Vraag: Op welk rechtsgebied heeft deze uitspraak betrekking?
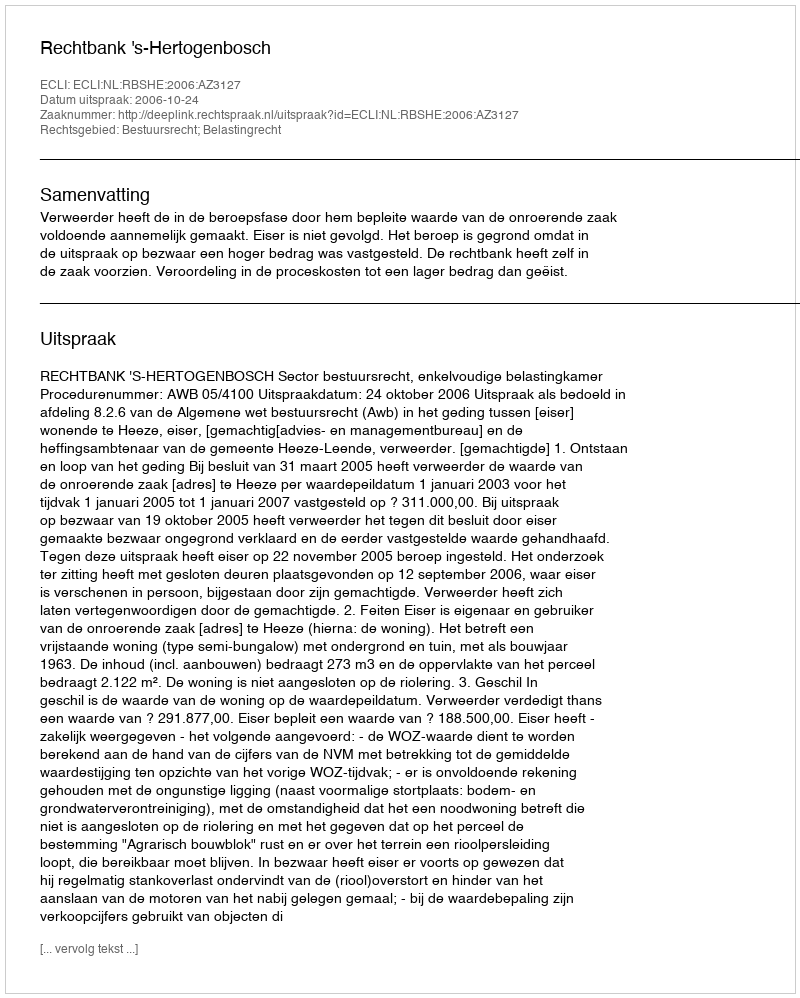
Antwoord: Bestuursrecht; Belastingrecht